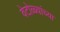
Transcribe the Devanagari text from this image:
वेटोळ्यांच्या